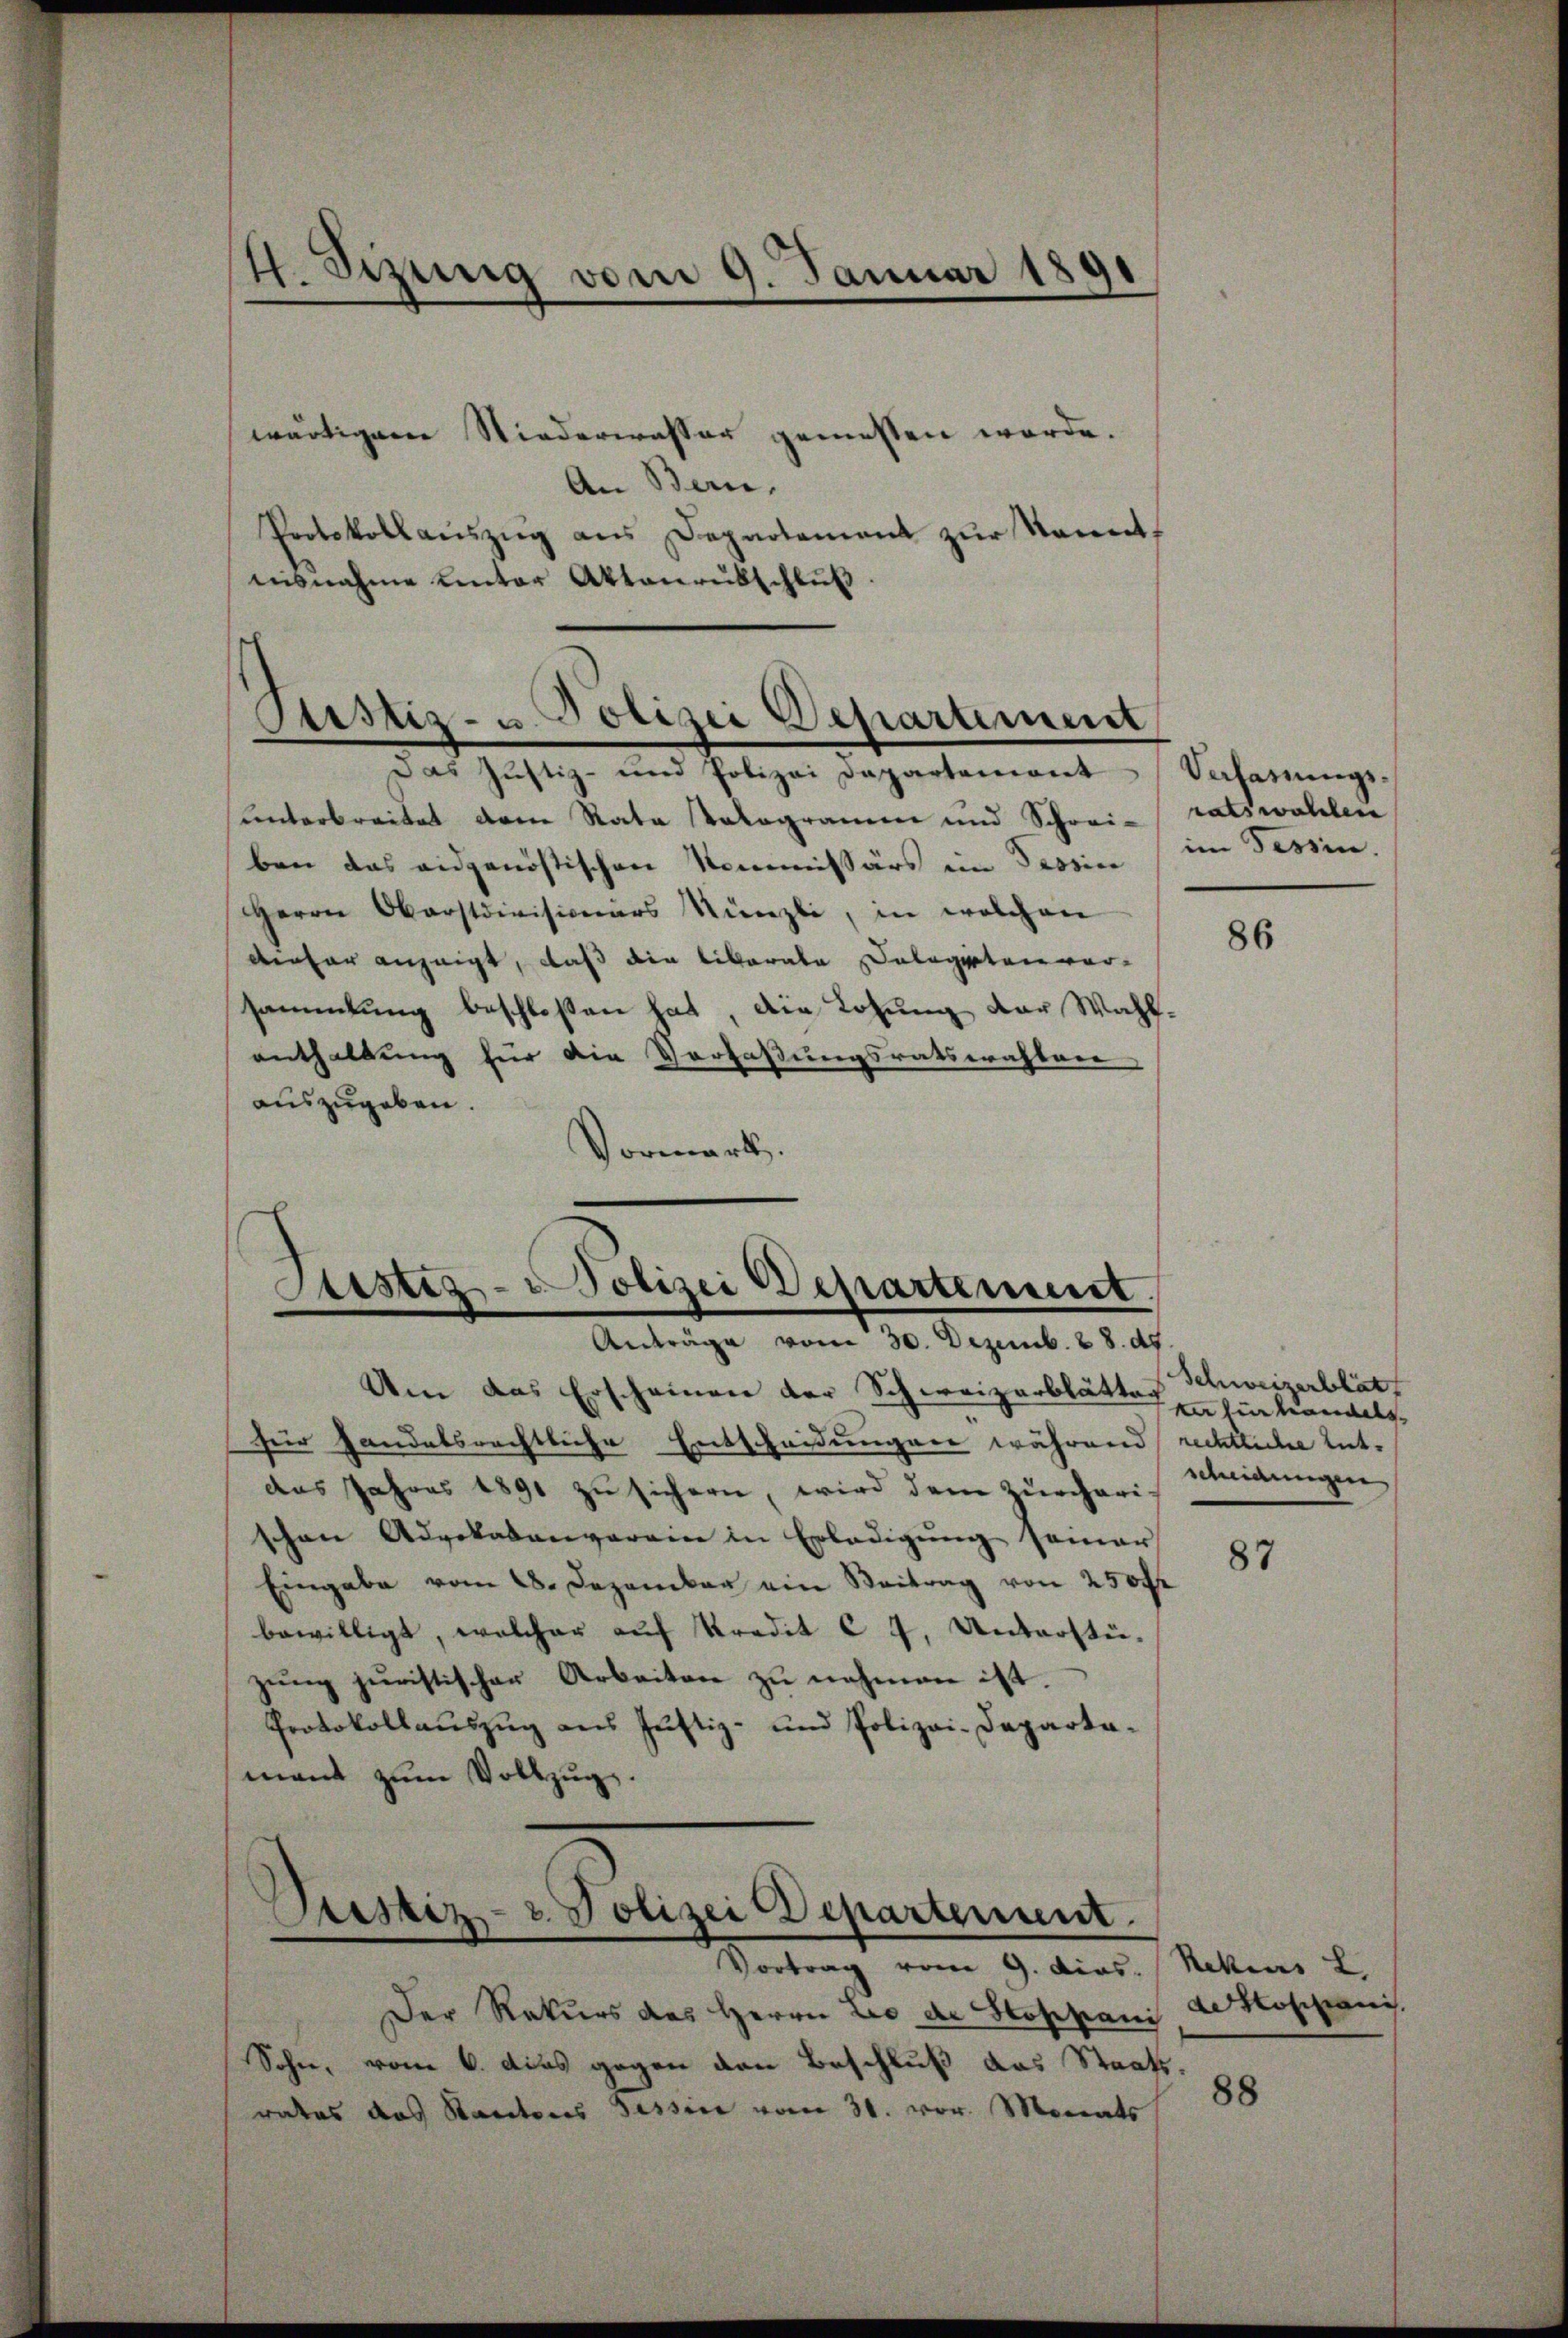
4. Sizung vom 9. Januar 1891

Justiz- u. Polizei Departement
das Justiz- und Polizei Dapartemont

sunterbreitet dem Rata Kologramm und Schrei-ratswahlen
ben das eidgenössischen Kommissärs im Tessin im Tessin.
Herrn Oberstdivisionärs Münzli, in welchen
dieser anzeigt, daß die liberale Delegten vor-
sammlung beschloßen hat, die Losung der Wahlenthaltung für die Verfaßungsratswahlen
auszugeben.
Vormerk.

wärtigem Niedererasser gemessen werde.
An Bern.
Protokollaŭszŭg ans Departement zŭr Nament-
nisnahme unter Aktenrübschluß.

Aestez- Polizei Departement.
Anträge vom 30. Dezemb. 8. d.

Stistiz- & Polizei Departement.

Verfassungs¬

Um das Erscheinen der Schweizerblätte in fi von allg
für handelsrechtliche Entscheidungen währendrechtliche Entaas Jahres 1891 zu sichern, wird dem Zürcheri-
schen Advokatenverein in Erledigung seiner
Eingabe vom 28. Dezember ein Beitrag von 250 fr
bewilligt, welcher auf Kredit C 7. Unterstüzung juristischen Arbeiten zu nehmen ist.
Protokollauszug aus Justiz- und Polizei-Departa-
mant zum Vollzug.

Vortrag vom 9. dies. Nekius L
Der Rekurs des Herrn Leo die Stoppani Löschanis
Sohn, vom 6. Das gegen den Beschluß das Staats-
rates das Stantons Tessine vom 31. vor. Monats

86

Schweizerblät
scheidungen

87

88